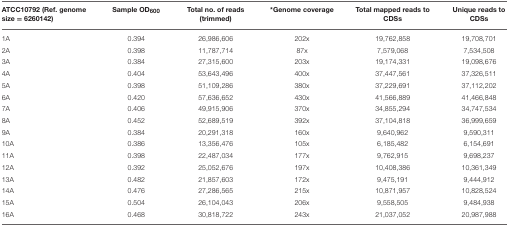
<table><thead><tr><td><b>ATCC10792 (Ref. genome size = 6260142)</b></td><td><b>Sample OD<sub>600</sub></b></td><td><b>Total no. of reads (trimmed)</b></td><td><b><sup>*</sup>Genome coverage</b></td><td><b>Total mapped reads to CDSs</b></td><td><b>Unique reads to CDSs</b></td></tr></thead><tbody><tr><td>1A</td><td>0.394</td><td>26,986,606</td><td>202x</td><td>19,762,858</td><td>19,708,701</td></tr><tr><td>2A</td><td>0.398</td><td>11,787,714</td><td>87x</td><td>7,579,068</td><td>7,534,508</td></tr><tr><td>3A</td><td>0.384</td><td>27,315,600</td><td>203x</td><td>19,174,331</td><td>19,098,676</td></tr><tr><td>4A</td><td>0.404</td><td>53,643,496</td><td>400x</td><td>37,447,561</td><td>37,326,511</td></tr><tr><td>5A</td><td>0.398</td><td>51,109,286</td><td>380x</td><td>37,229,691</td><td>37,112,202</td></tr><tr><td>6A</td><td>0.420</td><td>57,636,652</td><td>430x</td><td>41,566,889</td><td>41,466,848</td></tr><tr><td>7A</td><td>0.406</td><td>49,915,906</td><td>370x</td><td>34,855,294</td><td>34,747,534</td></tr><tr><td>8A</td><td>0.452</td><td>52,689,519</td><td>392x</td><td>37,104,818</td><td>36,999,659</td></tr><tr><td>9A</td><td>0.384</td><td>20,291,318</td><td>160x</td><td>9,640,962</td><td>9,590,311</td></tr><tr><td>10A</td><td>0.386</td><td>13,356,476</td><td>105x</td><td>6,185,482</td><td>6,154,691</td></tr><tr><td>11A</td><td>0.398</td><td>22,487,034</td><td>177x</td><td>9,762,915</td><td>9,698,237</td></tr><tr><td>12A</td><td>0.392</td><td>25,052,676</td><td>197x</td><td>10,408,386</td><td>10,361,349</td></tr><tr><td>13A</td><td>0.482</td><td>21,857,603</td><td>172x</td><td>9,475,191</td><td>9,444,912</td></tr><tr><td>14A</td><td>0.476</td><td>27,286,565</td><td>215x</td><td>10,871,957</td><td>10,828,524</td></tr><tr><td>15A</td><td>0.504</td><td>26,104,043</td><td>206x</td><td>9,558,505</td><td>9,484,938</td></tr><tr><td>16A</td><td>0.468</td><td>30,818,722</td><td>243x</td><td>21,037,052</td><td>20,987,988</td></tr></tbody></table>